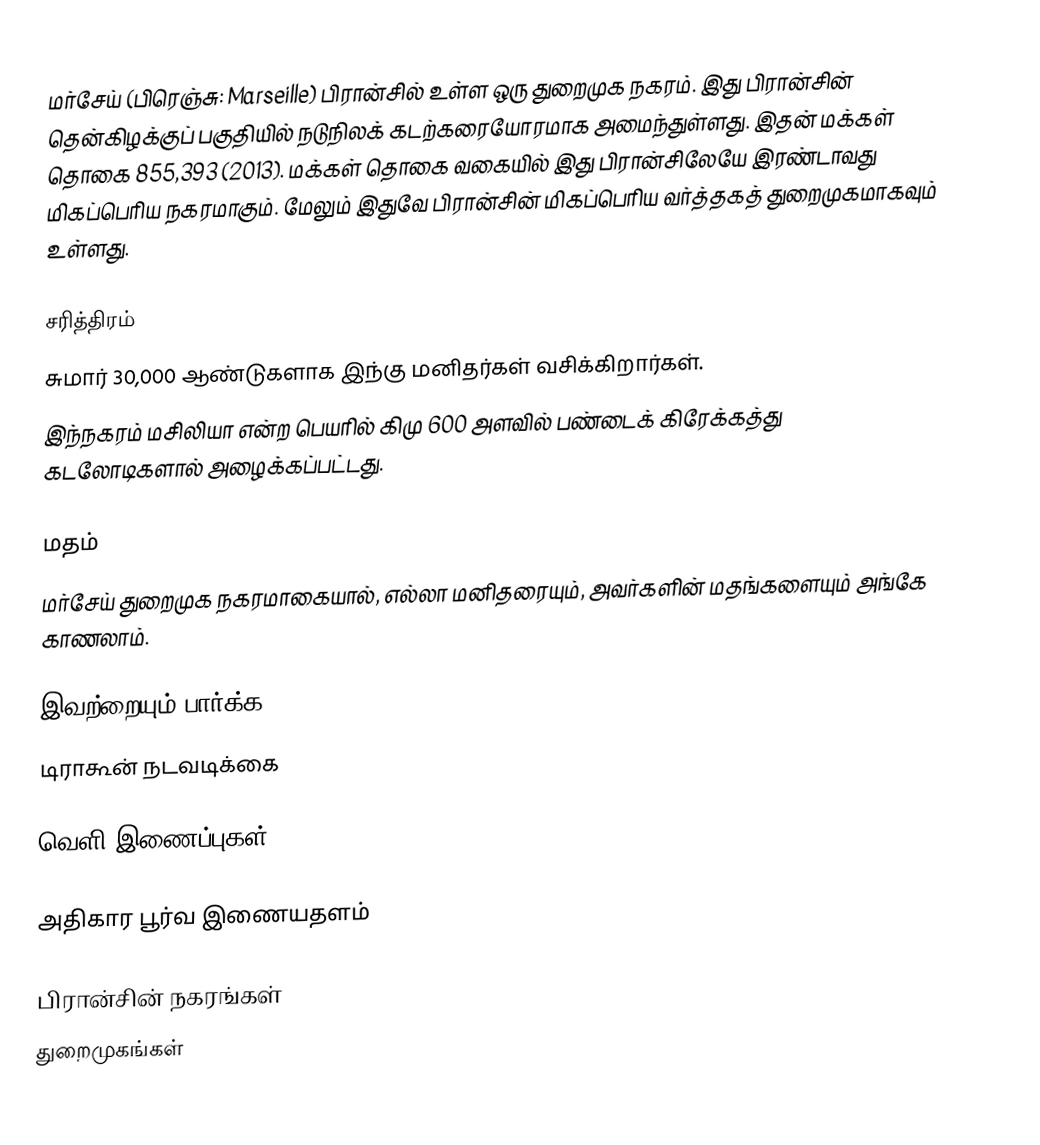
மர்சேய் (பிரெஞ்சு: Marseille) பிரான்சில் உள்ள ஒரு துறைமுக நகரம். இது பிரான்சின் தென்கிழக்குப் பகுதியில் நடுநிலக் கடற்கரையோரமாக அமைந்துள்ளது. இதன் மக்கள் தொகை 855,393 (2013). மக்கள் தொகை வகையில் இது பிரான்சிலேயே இரண்டாவது மிகப்பெரிய நகரமாகும். மேலும் இதுவே பிரான்சின் மிகப்பெரிய வர்த்தகத் துறைமுகமாகவும் உள்ளது.

சரித்திரம்
சுமார் 30,000 ஆண்டுகளாக இந்கு மனிதர்கள் வசிக்கிறார்கள்.
இந்நகரம் மசிலியா என்ற பெயரில் கிமு 600 அளவில் பண்டைக் கிரேக்கத்து கடலோடிகளால் அழைக்கப்பட்டது.

மதம்
மர்சேய் துறைமுக நகரமாகையால், எல்லா மனிதரையும், அவர்களின் மதங்களையும் அங்கே காணலாம்.

இவற்றையும் பார்க்க
 டிராகூன் நடவடிக்கை

வெளி இணைப்புகள்

 அதிகார பூர்வ இணையதளம்

பிரான்சின் நகரங்கள்
துறைமுகங்கள்